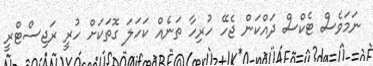
ނަމަވެސް ޓެކްސް ދައްކަން ޖެހޭ ހުރިހާ ތަނެއް ކަހަލަ ގޮތަކަށް ހުރީ ރަޖިސްޓްރީ